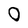
Character: 0